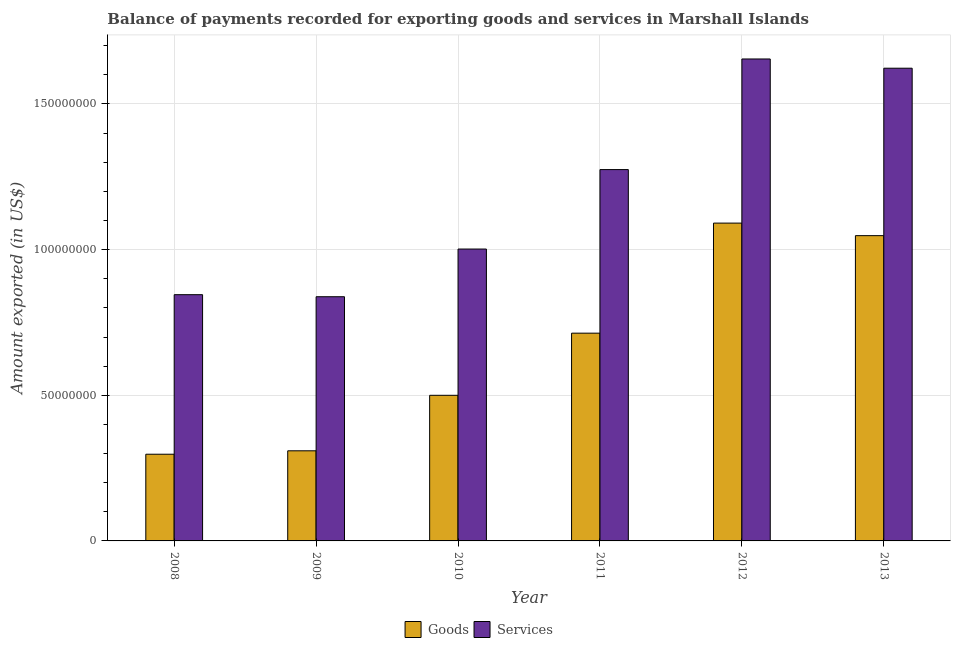
| Year | Goods | Services |
 | --- | --- | --- |
 | 2008 | 2.98e+07 | 8.45e+07 |
 | 2009 | 3.09e+07 | 8.38e+07 |
 | 2010 | 5e+07 | 1e+08 |
 | 2011 | 7.13e+07 | 1.27e+08 |
 | 2012 | 1.09e+08 | 1.65e+08 |
 | 2013 | 1.05e+08 | 1.62e+08 |